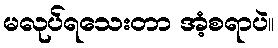
မလုပ်ရသေးတာ အံ့စရာပဲ။